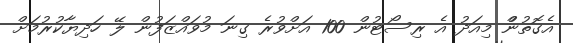
އެގޮތުންް މިއަދު އެ ރިސޯޓުން 100 އަށްވުރެ ގިނަ މުވައްޒަފުން ލޭ ހަދިޔާކުރުމަށް